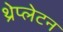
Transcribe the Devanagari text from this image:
थ्रेप्लेटन